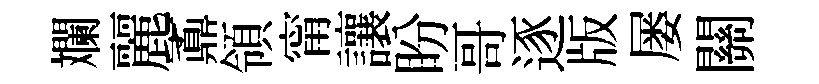
斕麗鼒領甯讓盼哥逐版屡關